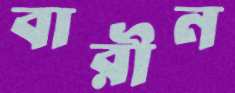
বারীন